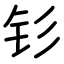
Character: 钐